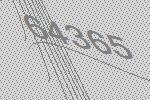
64365